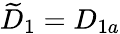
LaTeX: \widetilde D_{1}=D_{1a}